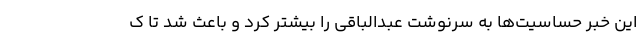
این خبر حساسیت‌ها به سرنوشت عبدالباقی را بیشتر کرد و باعث شد تا ک